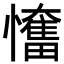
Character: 𢤬